Annual administration and progress report of the Indian Medical Department, Bombay
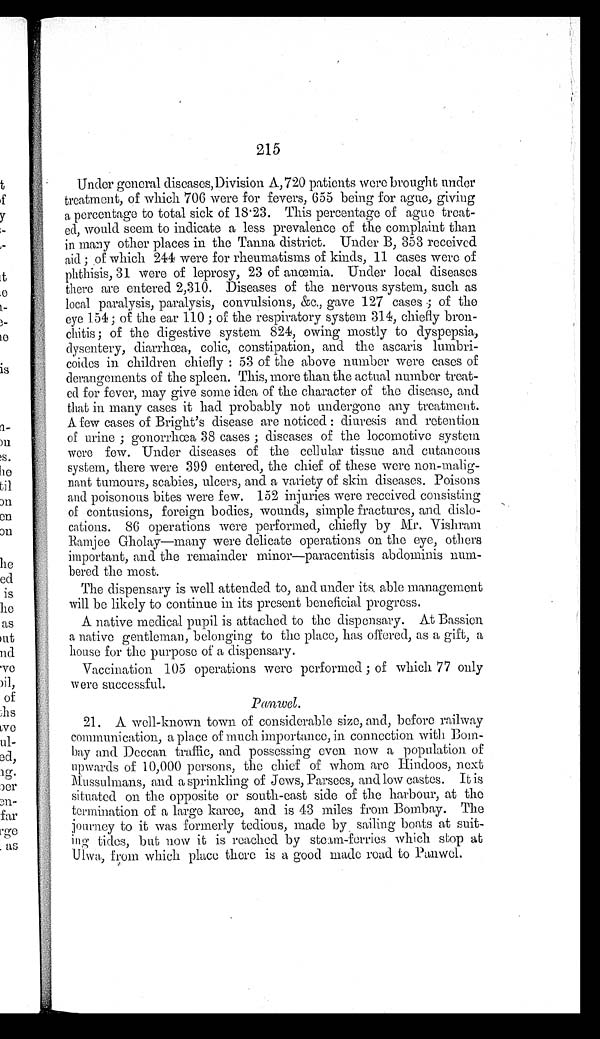
215
Under general diseases, Division A,720 patients were brought under
treatment, of which 706 were for fevers, 655 being for ague, giving
a percentage to total sick of 18.23. This percentage of ague treat
-
ed, would seem to indicate a less prevalence of the complaint than
in many other places in the Tanna district. Under B, 353 received
aid; of which 244 were for rheumatisms of kinds, 11 cases were of
phthisis, 31 were of leprosy, 23 of anœmia. Under local diseases
there are entered 2,310. Diseases of the nervous system, such as
local paralysis, paralysis, convulsions, &c., gave 127 cases; of the
eye 154; of the ear 110; of the respiratory system 314, chiefly bron
-
chitis; of the digestive system 824, owing mostly to dyspepsia,
dysentery, diarrhœa, colic, constipation, and the ascaris lumbri
-
coides in children chiefly: 53 of the above number were cases of
derangements of the spleen. This, more than the actual number treat
-
ed for fever, may give some idea of the character of the disease, and
that in many cases it had probably not undergone any treatment.
A few cases of Bright's disease are noticed: diuresis and retention
of urine; gonorrhœa 38 cases; diseases of the locomotive system
were few. Under diseases of the cellular tissue and cutaneous
system, there were 399 entered, the chief of these were non-malig
-
nant tumours, scabies, ulcers, and a variety of skin diseases. Poisons
and poisonous bites were few. 152 injuries were received consisting
of contusions, foreign bodies, wounds, simple fractures, and dislo
-
cations. 86 operations were performed, chiefly by Mr. Vishram
Ramjee Gholay—many were delicate operations on the eye, others
important, and the remainder minor—paracentisis abdominis num
-
bered the most.
The dispensary is well attended to, and under its able management
will be likely to continue in its present beneficial progress.
A native medical pupil is attached to the dispensary. At Bassien
a native gentleman, belonging to the place, has offered, as a gift, a
house for the purpose of a dispensary.
Vaccination 105 operations were performed; of which 77 only
were successful.
Panwel.
21. A well-known town of considerable size, and, before railway
communication, a place of much importance, in connection with Bom
-
bay and Deccan traffic, and possessing even now a population of
upwards of 10,000 persons, the chief of whom are Hindoos, next
Mussulmans, and a sprinkling of Jews, Parsees and low castes. It is
situated on the opposite or south-east side of the harbour, at the
termination of a large karee, and is 43 miles from Bombay. The
journey to it was formerly tedious, made by sailing boats at suit
-
ing tides, but now it is reached by steam-ferries which stop at
Ulwa from which place there is a good made road to Panwel.